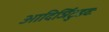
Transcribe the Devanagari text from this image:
आदिर्ञिटुडवः